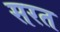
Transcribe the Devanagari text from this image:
सरत